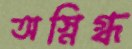
অস্নিগ্ধ